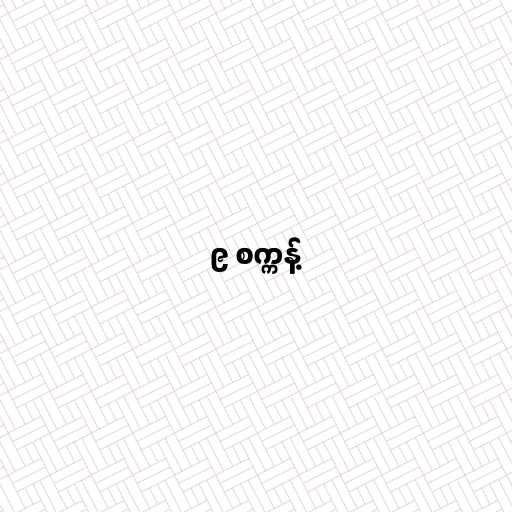
၉ စက္ကန့်